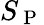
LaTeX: S_{\mathrm{~P~}}